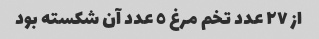
از ٢٧ عدد تخم مرغ ٥ عدد آن شکسته بود